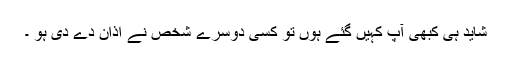
شاید ہی کبھی آپ کہیں گئے ہوں تو کسی دوسرے شخص نے اذان دے دی ہو ۔